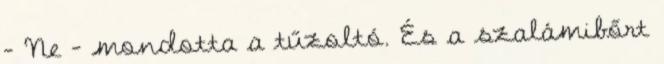
- Ne - mondotta a tűzoltó. És a szalámibőrt